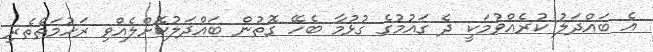
އެ ބައްދަލު ކުރެއްވުމަކީ ދެ ގައުމުގެ ގުޅުމާ ބެހޭ ގޮތުން ބައްދަލުކޮށްލެއްވި ރަހުމަތްތެރި